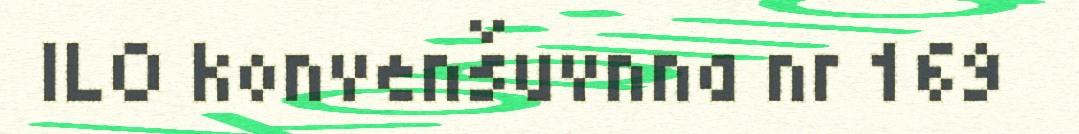
ILO konvenšuvnna nr 169